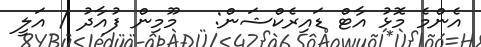
އެންމެ މޮޅު އާޓް ޑައިރެކްޝަން:   މޫމިން ފުއާދު / އަލީ